Annual report of the Punjab Veterinary College and of the Civil Veterinary Department, Punjab - 1894-1908
Year: 1894
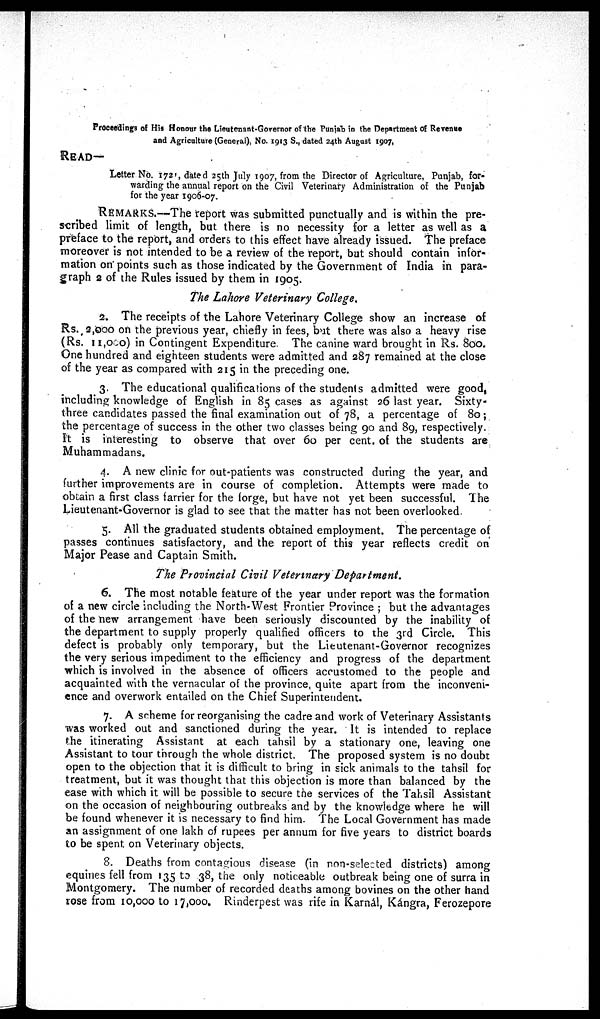
Proceedings of His Honour the Lieutenant-Governor of the Punjab in the Department of Revenue
and Agriculture (General), No. 1913 S., dated 24th August 1907,
READ—
Letter No. 172', dated 25th July 1907, from the Director of Agriculture, Punjab, for-
warding the annual report on the Civil Veterinary Administration of the Punjab
for the year 1906-07.
REMARKS.—The report was submitted punctually and is within the pre-
scribed limit of length, but there is no necessity for a letter as well as a
preface to the report, and orders to this effect have already issued. The preface
moreover is not intended to be a review of the report, but should contain infor-
mation on points such as those indicated by the Government of India in para-
graph 2 of the Rules issued by them in 1905.
The Lahore Veterinary College.
2. The receipts of the Lahore Veterinary College show an increase of
Rs. 2,000 on the previous year, chiefly in fees, but there was also a heavy rise
(Rs. 11,000) in Contingent Expenditure. The canine ward brought in Rs. 800.
One hundred and eighteen students were admitted and 287 remained at the close
of the year as compared with 215 in the preceding one.
3. The educational qualifications of the students admitted were good,
including knowledge of English in 85 cases as against 26 last year. Sixty-
three candidates passed the final examination out of 78, a percentage of 80;
the percentage of success in the other two classes being 90 and 89, respectively.
It is interesting to observe that over 60 per cent. of the students are
Muhammadans.
4. A new clinic for out-patients was constructed during the year, and
further improvements are in course of completion. Attempts were made to
obtain a first class farrier for the forge, but have not yet been successful. The
Lieutenant-Governor is glad to see that the matter has not been overlooked.
5. All the graduated students obtained employment. The percentage of
passes continues satisfactory, and the report of this year reflects credit on
Major Pease and Captain Smith.
The Provincial Civil Veterinary Department.
6. The most notable feature of the year under report was the formation
of a new circle including the North-West Frontier Province; but the advantages
of the new arrangement have been seriously discounted by the inability of
the department to supply properly qualified officers to the 3rd Circle. This
defect is probably only temporary, but the Lieutenant-Governor recognizes
the very serious impediment to the efficiency and progress of the department
which is involved in the absence of officers accustomed to the people and
acquainted with the vernacular of the province, quite apart from the inconveni-
ence and overwork entailed on the Chief Superintendent.
7. A scheme for reorganising the cadre and work of Veterinary Assistants
was worked out and sanctioned during the year. It is intended to replace
the itinerating Assistant at each tahsil by a stationary one, leaving one
Assistant to tour through the whole district. The proposed system is no doubt
open to the objection that it is difficult to bring in sick animals to the tahsil for
treatment, but it was thought that this objection is more than balanced by the
ease with which it will be possible to secure the services of the Tahsil Assistant
on the occasion of neighbouring outbreaks and by the knowledge where he will
be found whenever it is necessary to find him. The Local Government has made
an assignment of one lakh of rupees per annum for five years to district boards
to be spent on Veterinary objects.
8. Deaths from contagious disease (in non-selected districts) among
equines fell from 135 to 38, the only noticeable outbreak being one of surra in
Montgomery. The number of recorded deaths among bovines on the other hand
rose from 10,000 to 17,000. Rinderpest was rife in Karnál, Kángra, Ferozepore